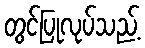
တွင်ပြုလုပ်သည့်